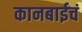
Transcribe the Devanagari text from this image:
कानबाईचं